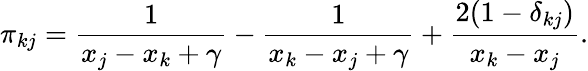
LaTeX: \pi_{kj}=\frac{1}{x_{j}-x_{k}+\gamma}-\frac{1}{x_{k}-x_{j}+\gamma}+\frac{2(1-\delta_{kj})}{x_{k}-x_{j}}.